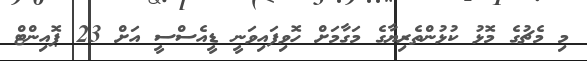
މި މެޗުގެ މޮޅު ކުޅުންތެރިޔާގެ މަގާމަށް ހޮވިފައިވަނީ ޑީއެސްސީ އަށް 23 ޕޮއިންޓް